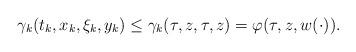
LaTeX: \begin{align*}\gamma_k(t_k,x_k,\xi_k,y_k) \leq \gamma_k(\tau,z,\tau,z) = \varphi(\tau,z,w(\cdot)).\end{align*}